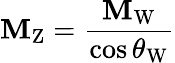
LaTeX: \mathbf{M}_{\mathrm{{Z}}}={\frac{{\mathbf{M}_{\mathrm{{W}}}}}{{\cos\theta_{\mathrm{{W}}}}}}